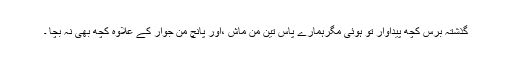
گذشتہ برس کچھ پیداوار تو ہوئی مگرہمارے پاس تین من ماش ،اور پانچ من جوار کے علاوہ کچھ بھی نہ بچا ۔